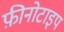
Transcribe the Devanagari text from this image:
फ़ीनोटाइप